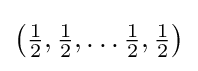
{\bigl (}{\tfrac {1}{2}},{\tfrac {1}{2}},\ldots {\tfrac {1}{2}},{\tfrac {1}{2}}{\bigr )}